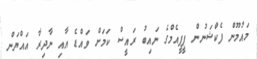
މައުމޫން ފެކްޝަނުން ޕީޕީއެމްގެ ނައިބު ރައީސް ކަމަށް ވައްޑެ އާއި ނާދިރާ އައްޔަން